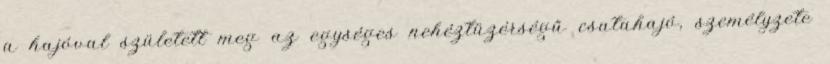
a hajóval született meg az egységes nehéztüzérségű csatahajó, személyzete